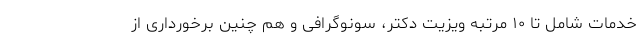
خدمات شامل تا ۱۰ مرتبه ویزیت دکتر، سونوگرافی و هم چنین برخورداری از